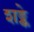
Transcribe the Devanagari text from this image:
शङ्के